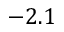
- 2 . 1